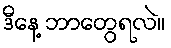
ဒီနေ့ ဘာတွေရလဲ။